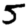
Digit: 5